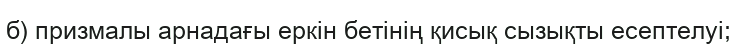
б) призмалы арнадағы еркін бетінің қисық сызықты есептелуі;